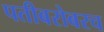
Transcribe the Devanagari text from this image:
पतीबरोबरच